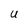
Character: U